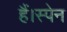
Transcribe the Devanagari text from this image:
हैं।स्पेन